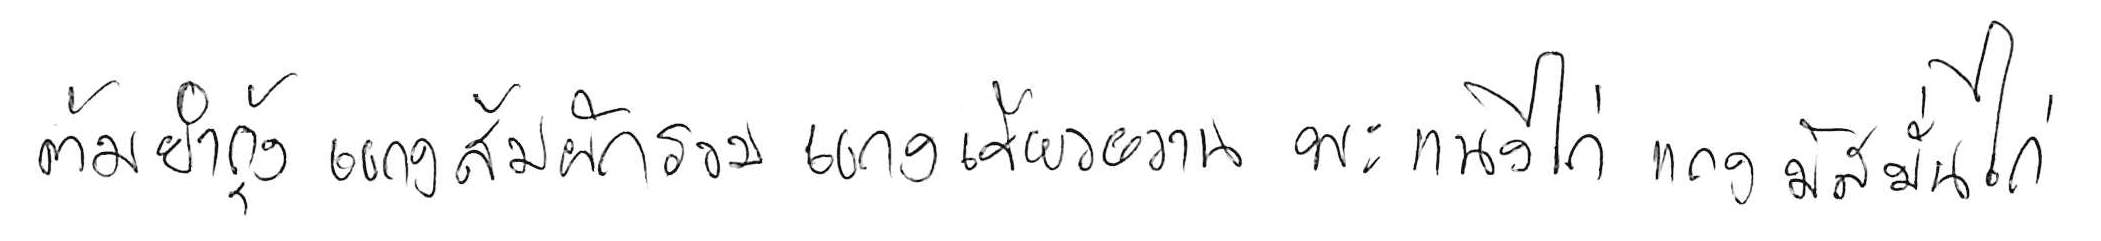
ต้มยำกุ้ง แกงส้มผักรวม แกงเขียวหวาน พะแนงไก่ แกงมัสมั่นไก่